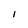
Character: I